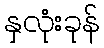
နှလုံးခုန်